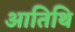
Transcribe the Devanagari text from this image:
आतिथि